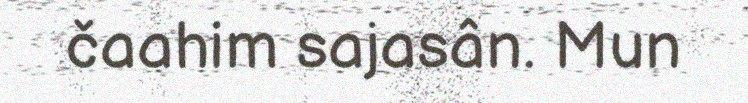
čaahim sajasân. Mun